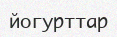
йогурттар